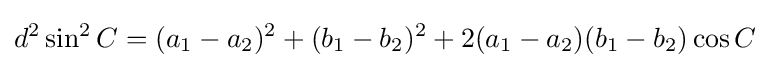
d^{2}\sin ^{2}C=(a_{1}-a_{2})^{2}+(b_{1}-b_{2})^{2}+2(a_{1}-a_{2})(b_{1}-b_{2})\cos C